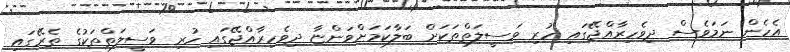
އެހެން ނަމަވެސް ދިވެހިރާއްޖޭގައި ހުރި ވަސީލަތްތަކަށް ބަލާކަމަށްވަންޏާ ދިވެހިރާއްޖޭގައި ހުރި ވަސީލަތްތަކުގެ ތެރޭގައި